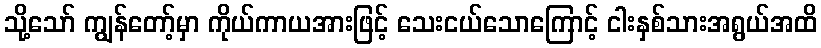
သို့သော် ကျွန်တော့်မှာ ကိုယ်ကာယအားဖြင့် သေးငယ်သောကြောင့် ငါးနှစ်သားအရွယ်အထိ